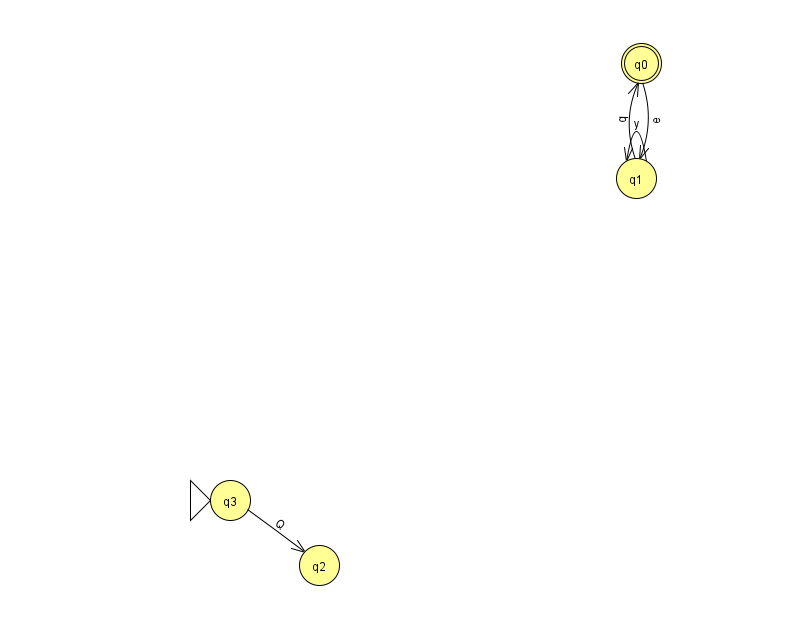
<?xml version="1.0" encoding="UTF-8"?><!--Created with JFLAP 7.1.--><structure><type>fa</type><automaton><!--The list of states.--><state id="0" name="q0"><x>641.0</x><y>50.0</y><final/></state><state id="1" name="q1"><x>636.0</x><y>165.0</y></state><state id="2" name="q2"><x>319.0</x><y>552.0</y></state><state id="3" name="q3"><x>230.0</x><y>487.0</y><initial/></state><!--The list of transitions.--><transition><from>3</from><to>2</to><read>Q</read></transition><transition><from>1</from><to>0</to><read>q</read></transition><transition><from>1</from><to>1</to><read>y</read></transition><transition><from>0</from><to>1</to><read>e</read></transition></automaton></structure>